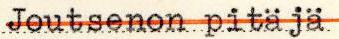
Joutsenon pitäjä